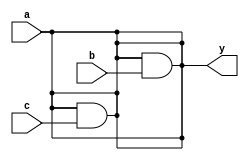
module and_cont_assign          // incorrect code for a reduced and circuit
    (
     input wire a,b,c,
     output reg y
    );
    
    assign y = a;
    assign y = y & b;
    assign y = y & c;
     
endmodule